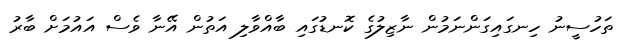
ތަހުސީނު ހިނގައިގަންނަމުން ނާޒިލުގެ ކޮނޑުގައި ބާއްވާލި އަތުން އޭނާ ވެސް އައުމަށް ބާރު